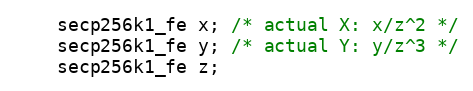
Language: C
    secp256k1_fe x; /* actual X: x/z^2 */
    secp256k1_fe y; /* actual Y: y/z^3 */
    secp256k1_fe z;